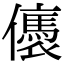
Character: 㒟